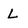
Character: L